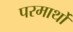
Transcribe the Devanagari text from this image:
परमार्थो